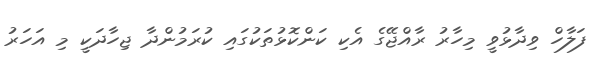
ފަލާހް ވިދާޅުވީ މިހާރު ރާއްޖޭގެ އެކި ކަންކޮޅުތަކުގައި ކުރަމުންދާ ޖިހާދަކީ މި އަހަރު